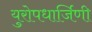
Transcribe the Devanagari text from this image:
युरोपधार्जिणी